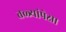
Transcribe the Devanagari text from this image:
तळ्यांपेक्षा